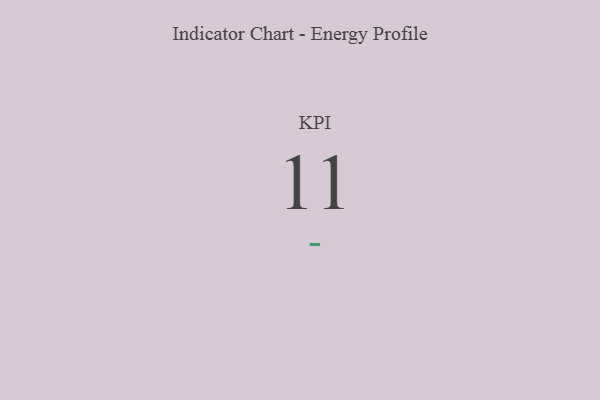
{"axis": {"x": "KPI", "y": "Value"}, "legend": [""], "data": [{"x": "KPI", "y": 11, "type": ""}]}